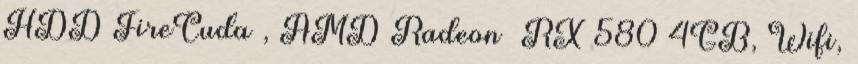
HDD FireCuda , AMD Radeon™ RX 580 4GB, Wifi,